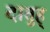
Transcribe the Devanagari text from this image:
दातुह्